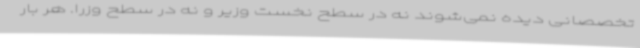
تخصصانی دیده نمی‌شوند نه در سطح نخست وزیر و نه در سطح وزرا. هر بار